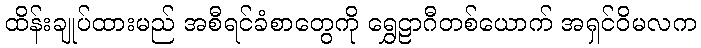
ထိန်းချုပ်ထားမည် အစီရင်ခံစာတွေကို ရွှေဠာဂီတစ်ယောက် အရှင်ဝိမလက